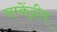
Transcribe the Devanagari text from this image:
सम्केंद्रीय